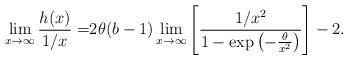
LaTeX: \begin{align*}\lim_{x\to\infty}\frac{h(x)}{1/x}=&2\theta (b-1)\lim_{x\to\infty}\left[\frac{1/x^2}{1-\exp\left(-\frac{\theta}{x^2}\right)}\right]-2.\end{align*}